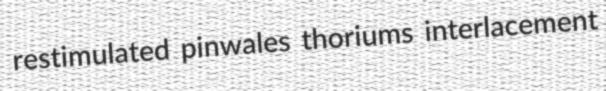
restimulated pinwales thoriums interlacement